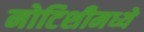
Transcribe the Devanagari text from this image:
नोटिशीमध्ये